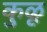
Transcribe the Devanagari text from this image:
कुळू